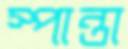
স্পান্তা